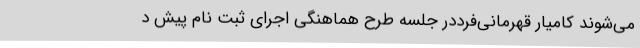
می‌شوند کامیار قهرمانی‌فرددر جلسه طرح هماهنگی اجرای ثبت نام پیش د